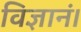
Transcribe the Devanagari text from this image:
विज्ञानं।